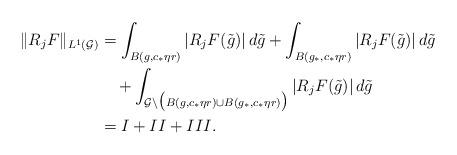
LaTeX: \begin{align*}\|R_j F\|_{L^1(\mathcal G)} &= \int_{ B(g, c_* \eta r) }|R_j F(\tilde g)| \,d\tilde g+\int_{B(g_*, c_* \eta r)}|R_j F(\tilde g)| \,d\tilde g \\&\quad+ \int_{\mathcal G\backslash\big( B(g, c_* \eta r) \cup B(g_*, c_* \eta r)\big)}|R_j F(\tilde g)| \,d\tilde g\\&= I+II+III.\end{align*}